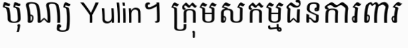
បុណ្យ Yulin។ ក្រុមសកម្មជនការពារ